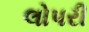
લોપરી